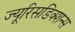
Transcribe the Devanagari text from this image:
ज्यूरिसडिक्शन्स